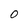
Character: O